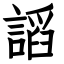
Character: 謟